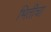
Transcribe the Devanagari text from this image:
भितीचा